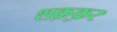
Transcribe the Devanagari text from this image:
शक़्क़र